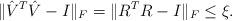
LaTeX: \begin{align*} \|\hat{V}^{T}\hat{V} - I\|_F = \|R^{T}R - I\|_F \leq \xi.\end{align*}